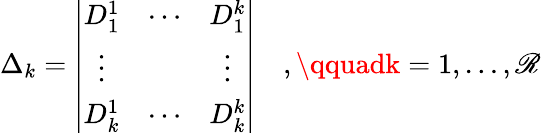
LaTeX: \Delta_{k}=\left|\begin{array}{ccc}{{D_{1}^{1}}}&{{\cdots}}&{{D_{1}^{k}}}\\ {{\vdots}}&{{}}&{{\vdots}}\\ {{D_{k}^{1}}}&{{\cdots}}&{{D_{k}^{k}}}\end{array}\right|\quad,\qquadk=1,\ldots,\mathscr{R}